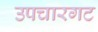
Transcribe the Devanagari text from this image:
उपचारगट